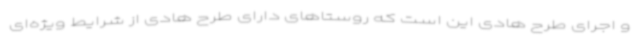
و اجرای طرح هادی این است که روستاهای دارای طرح هادی از شرایط ویژه‌ای